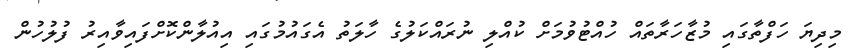
މިދިޔަ ހަފްތާގައި މުޒާހަރާތައް ހުއްޓުވުމަށް ކުއްލި ނުރައްކަލުގެ ހާލަތު އެގައުމުގައި އިއުލާންކޮށްފައިވާއިރު ފުލުހުން